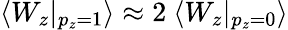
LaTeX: \langle W_{z}|_{p_{z}{=}1}\rangle\approx 2~\langle W_{z}|_{p_{z}{=}0}\rangle